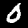
Digit: 0